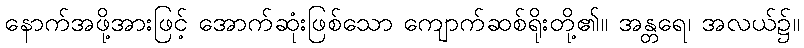
နောက်အဖို့အားဖြင့် အောက်ဆုံးဖြစ်သော ကျောက်ဆစ်ရိုးတို့၏။ အန္တရေ၊ အလယ်၌။